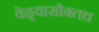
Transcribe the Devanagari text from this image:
वेढ्यासोबतच